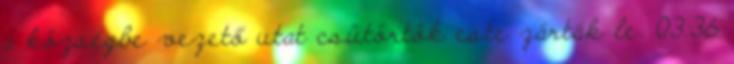
a községbe vezető utat csütörtök este zárták le. 03:36